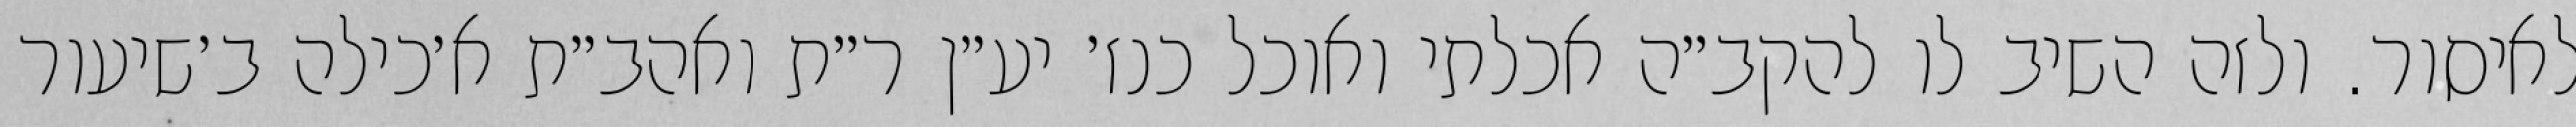
לאיסור. ולזה השיב לו להקב״ה אכלתי ואוכל כנז׳ יע״ן ר״ת ואהב״ת א׳כילה ב׳שיעור